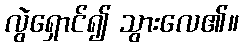
လွဲရှောင်၍ သွားလေ၏။